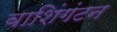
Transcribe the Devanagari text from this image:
वाशिंगंटन